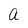
Character: a